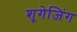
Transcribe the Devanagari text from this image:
शूगेजिंग